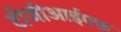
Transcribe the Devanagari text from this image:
टीजीआईएफ़